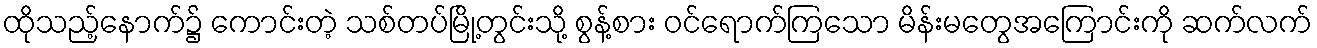
ထိုသည့်နောက်၌ ကောင်းတဲ့ သစ်တပ်မြို့တွင်းသို့ စွန့်စား ဝင်ရောက်ကြသော မိန်းမတွေအကြောင်းကို ဆက်လက်